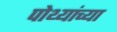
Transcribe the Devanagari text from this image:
पोथ्यांच्या